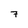
Character: 7